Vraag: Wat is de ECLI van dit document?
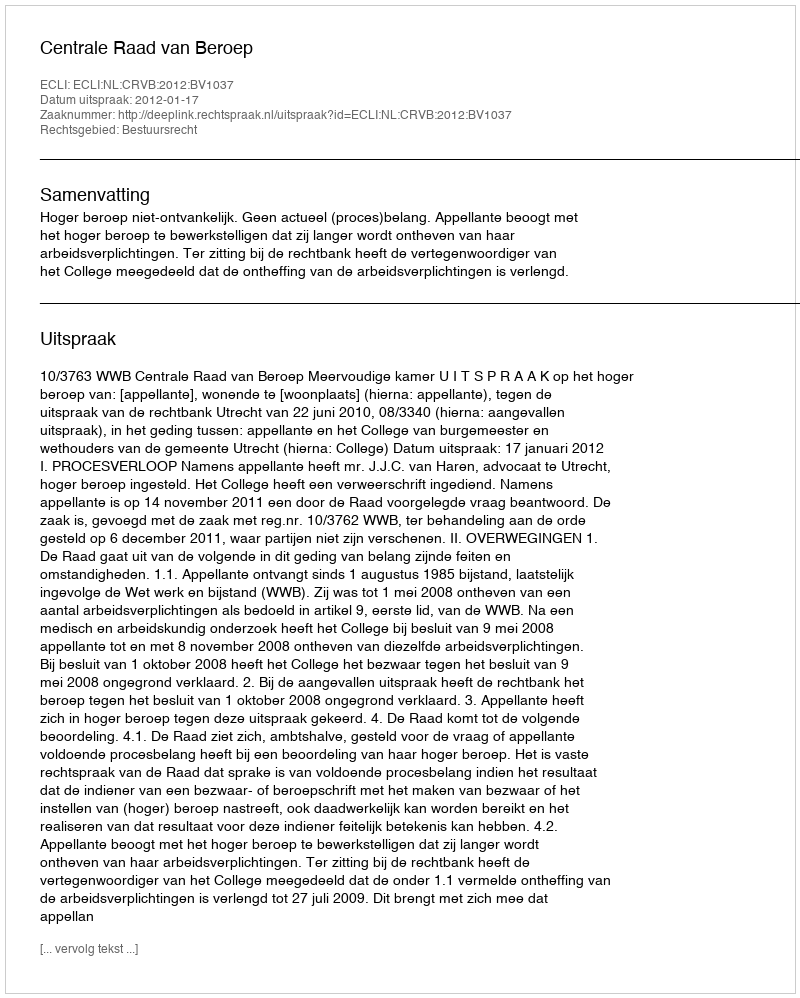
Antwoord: ECLI:NL:CRVB:2012:BV1037